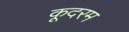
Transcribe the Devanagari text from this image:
कूदरम